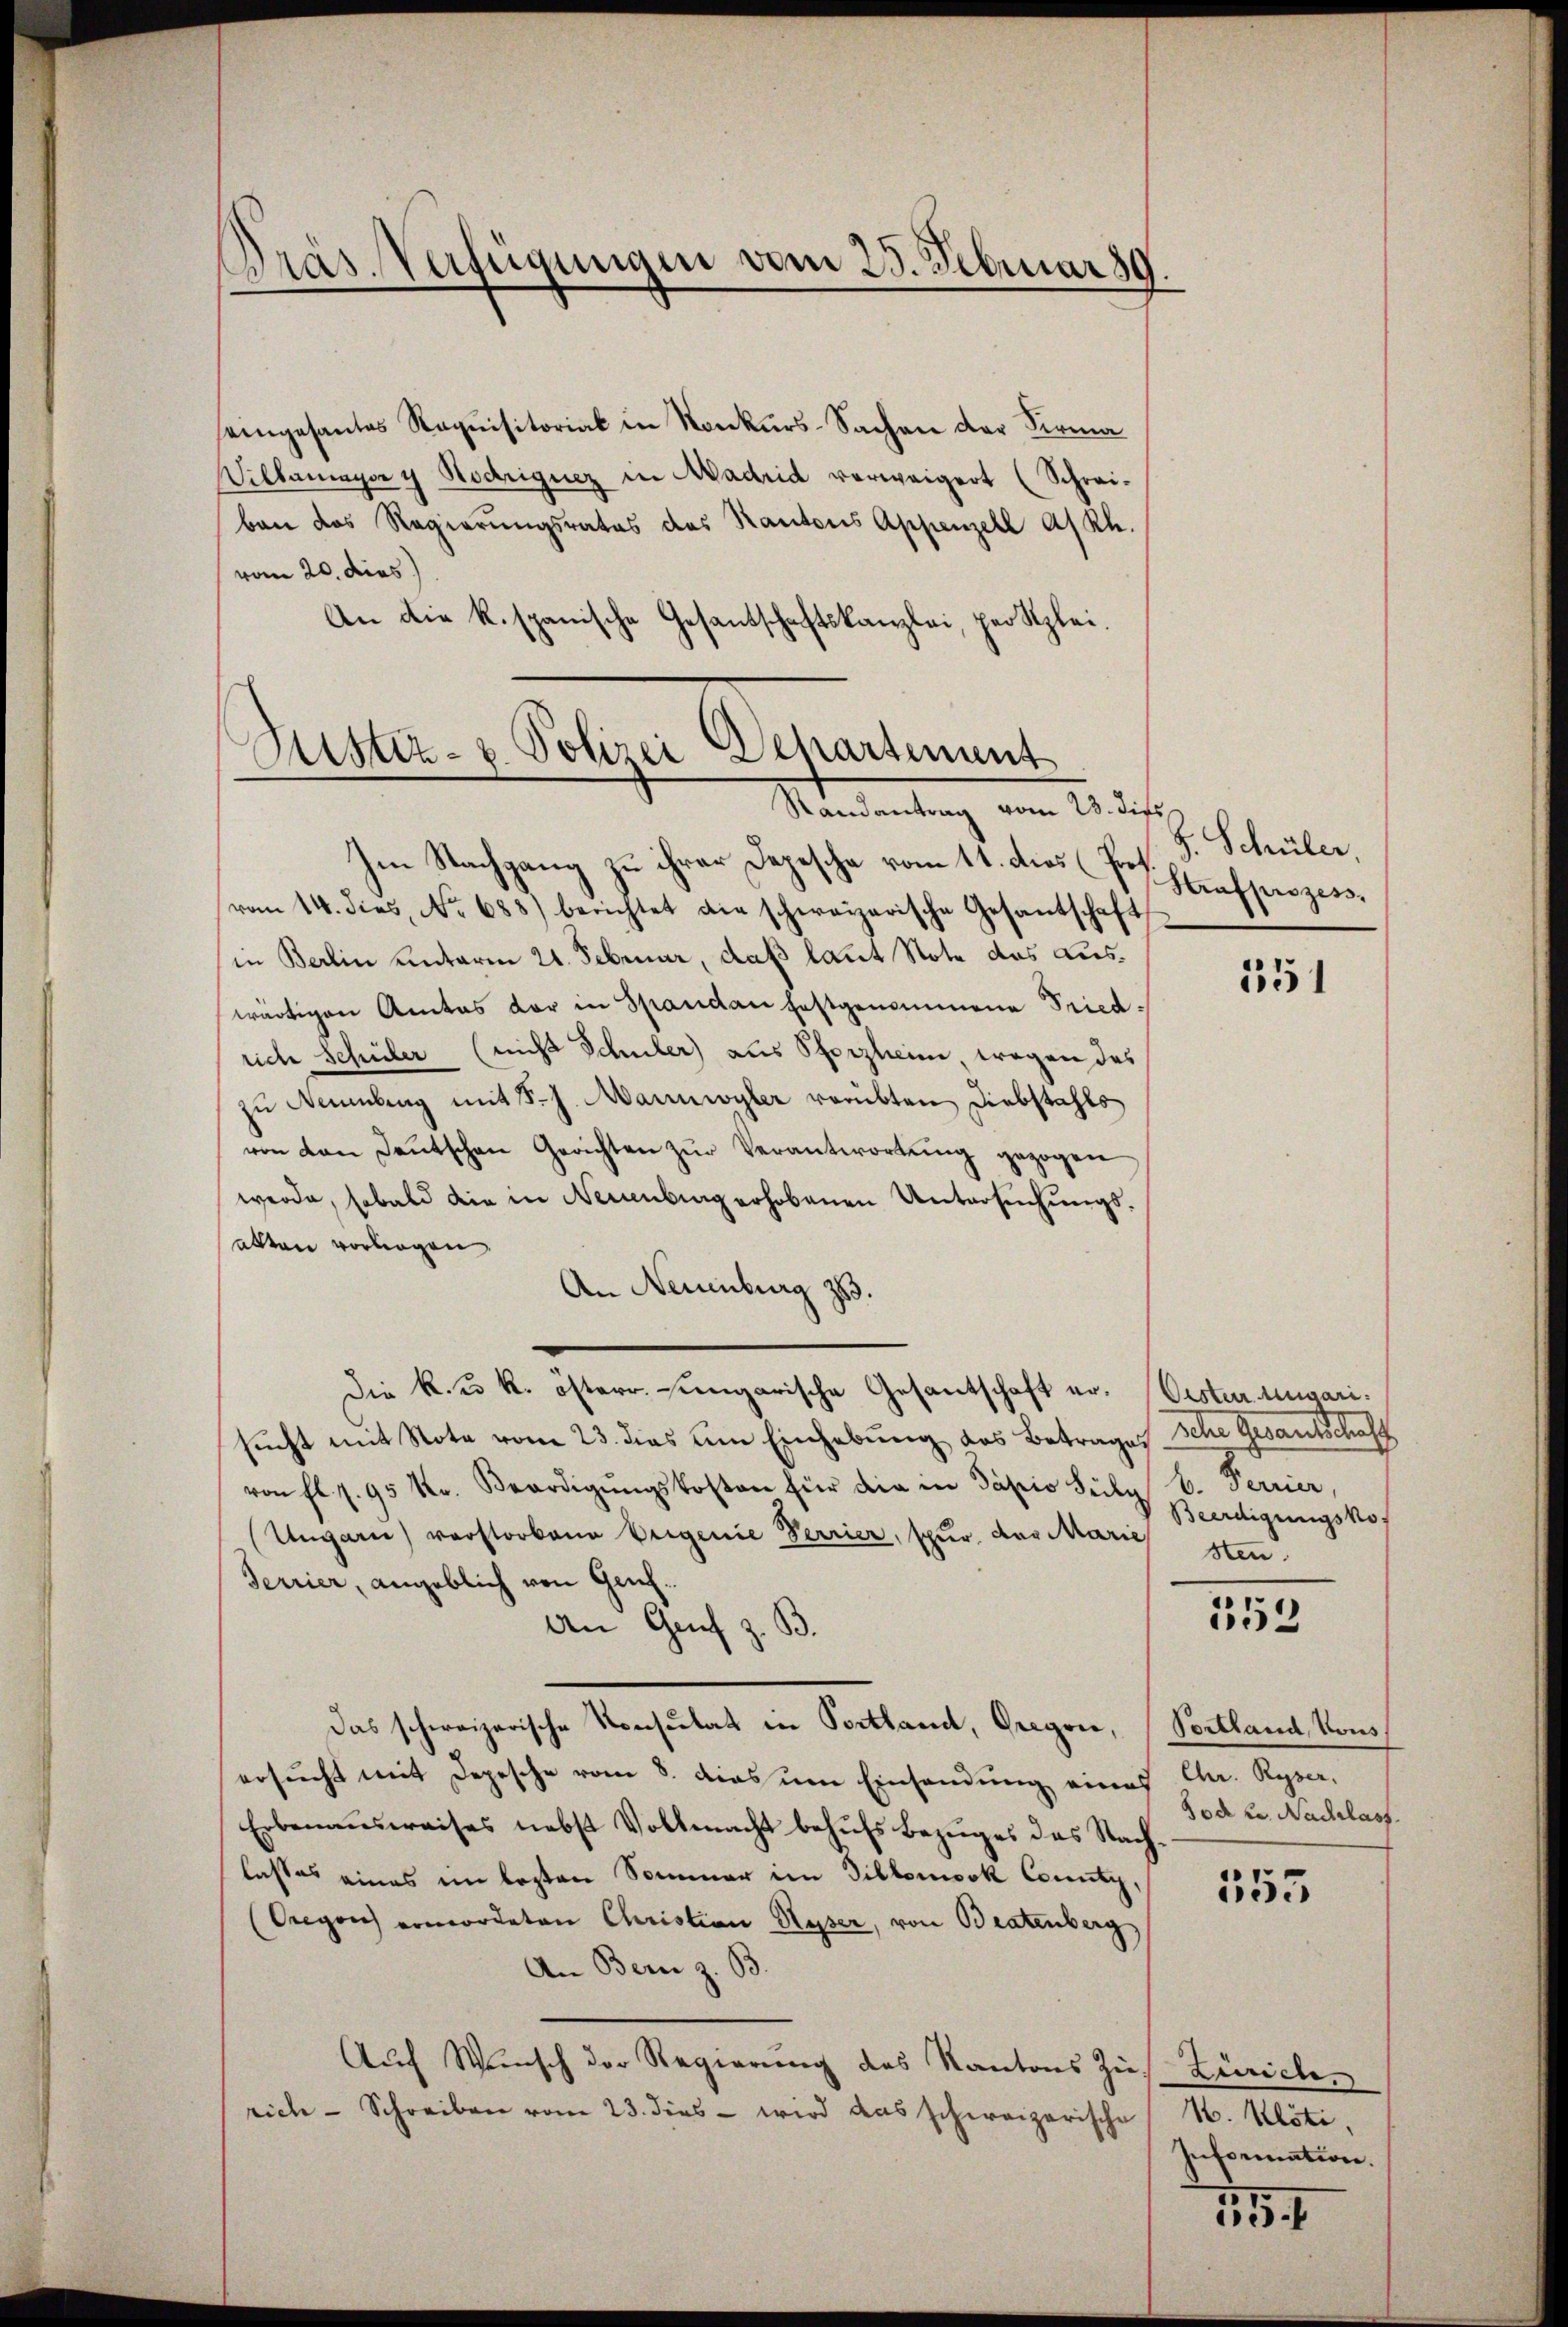
Dräs. Verfügungen vom 25. Februar 19

eingesantes Requisitorial in Konkurs-Sachen der Firma
Vilbumayer y Nodriguez in Madrid verweigert (Schrei-
ban das Regierungsrates des Kantons Appenzell a/Rh.
vom 20. dies
An die k. spanische Gesantschaftskanzlei, per Klei¬

Mister- & Polizei Departement
Randantrag vom 23. dies

Im Nachgang zu ihrer Depesche vom 11. dies (Proh
vom 14. dies, No 688) berichtet die schweizerische Gesantschaft
in Berlin unterm 21. Februar, daß laut Note das Auswärtigen Amtes der in Spandan festgenommene Friedsiche Schüler (nicht Schuler) aus Pforzheine wegen des
zu Naumbung mit S. J. Marinwyler verübten Diebstahls
von von Deutschen Gerichten zŭr Verantwortŭng gezogen
werde, sobald die in Neuenburg erhobenen Untersuchungsatten vorliegen
An Neuenburg 383.
Die k. u. k. österr. ungarische Gesantschaft er. Oester Auwarisucht mit Note vom 23. dies um Einhebung des Betrages
von fl. 1. 95 kr. Beerdigŭngskosten für die in Papio Seile 6. Ferrier,
(Ungarn verstorbene Weigenie Verrier, spur, das Marie
Terrier, angeblich von Genf.
An Genf z. B.
Das schweizerische Konsulat in Portland, Gregor, Portland, Vous
ersucht mit Depesche vom 8. dies um Einsendung eines
Erbenausweises nebst Vollmacht behŭfs Bezuges das Nachlasses eines ein lezten Sommer im Gillonook County,
(Oregen ermordeten Christian Ryser, von Bratenberg
An Bern z. B.
Auch Wunsch der Regierung des Kantons Zins Zürichen
rich - Schreiben vom 23. dies - wird das schweizerische N. Klöti

S. Schüler,
Strafprozess,

551

seder Gesandtensch
Beerdigungskos
sten.

553

Chr. Reper.
od L. Nachlass

353

Information.

1154